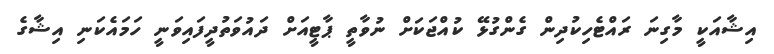
އިޝާއަކީ މާގިނަ ރައްޓެހިކުދިން ގެންގުޅޭ ކުއްޖަކަށް ނުވާތީ ޕާޓީއަށް ދައުވަތުދީފައިވަނީ ހަމައެކަނި އިޝާގެ